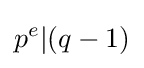
p^{e}\vert (q-1)